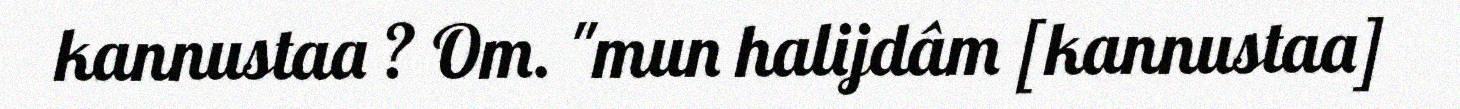
kannustaa ? Om. "mun halijdâm [kannustaa]